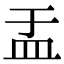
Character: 盂